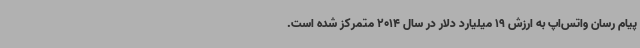
پیام رسان واتس‌اپ به ارزش 19 میلیارد دلار در سال 2014 متمرکز شده است.